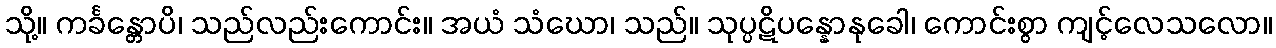
သို့။ ကင်္ခန္တောပိ၊ သည်လည်းကောင်း။ အယံ သံဃော၊ သည်။ သုပ္ပဋိပန္နောနုခေါ၊ ကောင်းစွာ ကျင့်လေသလော။